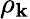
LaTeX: \rho_{\mathbf{k}}